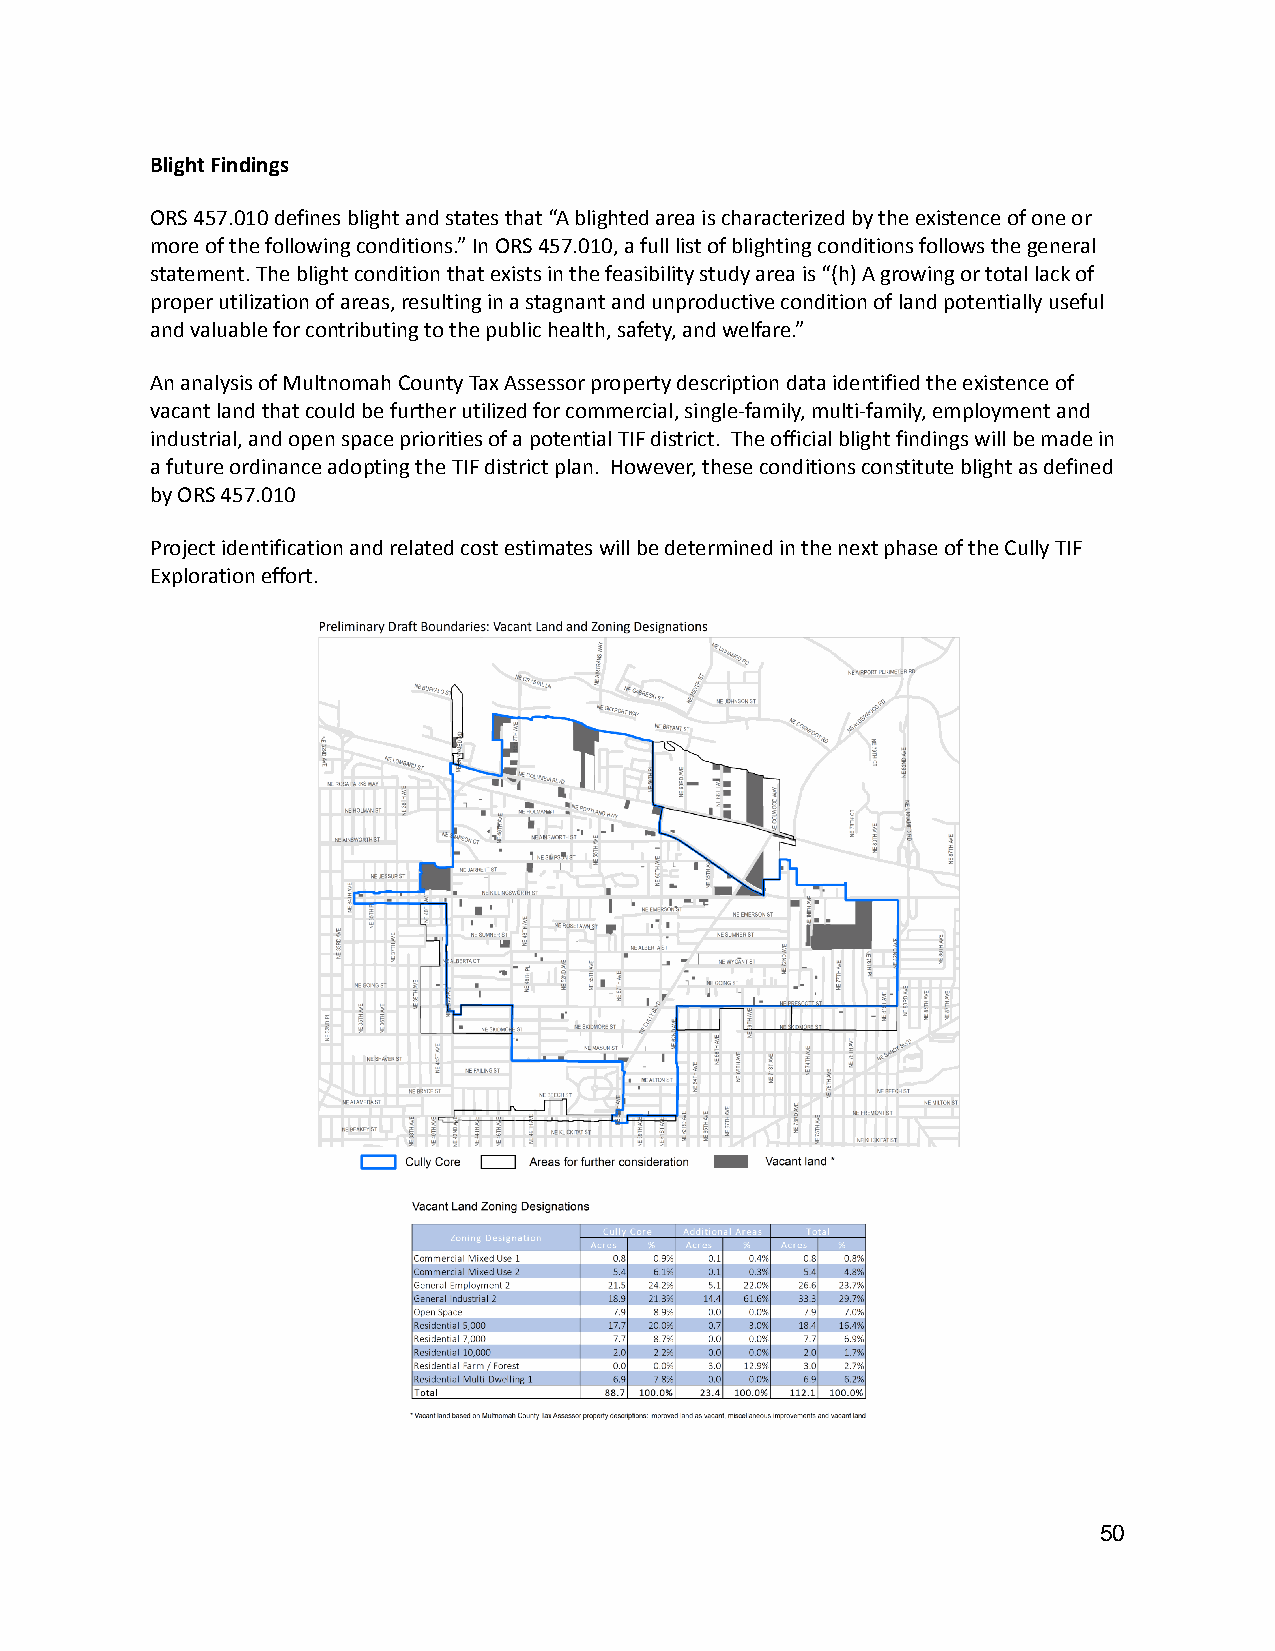
Blight Findings
 ORS 457.010 defines blight and states that “A blightedarea is characterized by the existence of one or
 more of the following conditions.” In ORS 457.010,a full list of blighting conditions follows the general
 statement. The blight condition that exists in thefeasibility study area is “(h) A growing or totallack of
 proper utilization of areas, resulting in a stagnantand unproductive condition of land potentially useful
 and valuable for contributing to the public health,safety, and welfare.”
 An analysis of Multnomah County Tax Assessor propertydescription data identified the existence of
 vacant land that could be further utilized for commercial,single-family, multi-family, employment and
 industrial, and open space priorities of a potentialTIF district. The official blight findings willbe made in
 a future ordinance adopting the TIF district plan. However, these conditions constitute blight as defined
 by ORS 457.010
 Project identification and related cost estimateswill be determined in the next phase of the CullyTIF
 Exploration effort.
 50